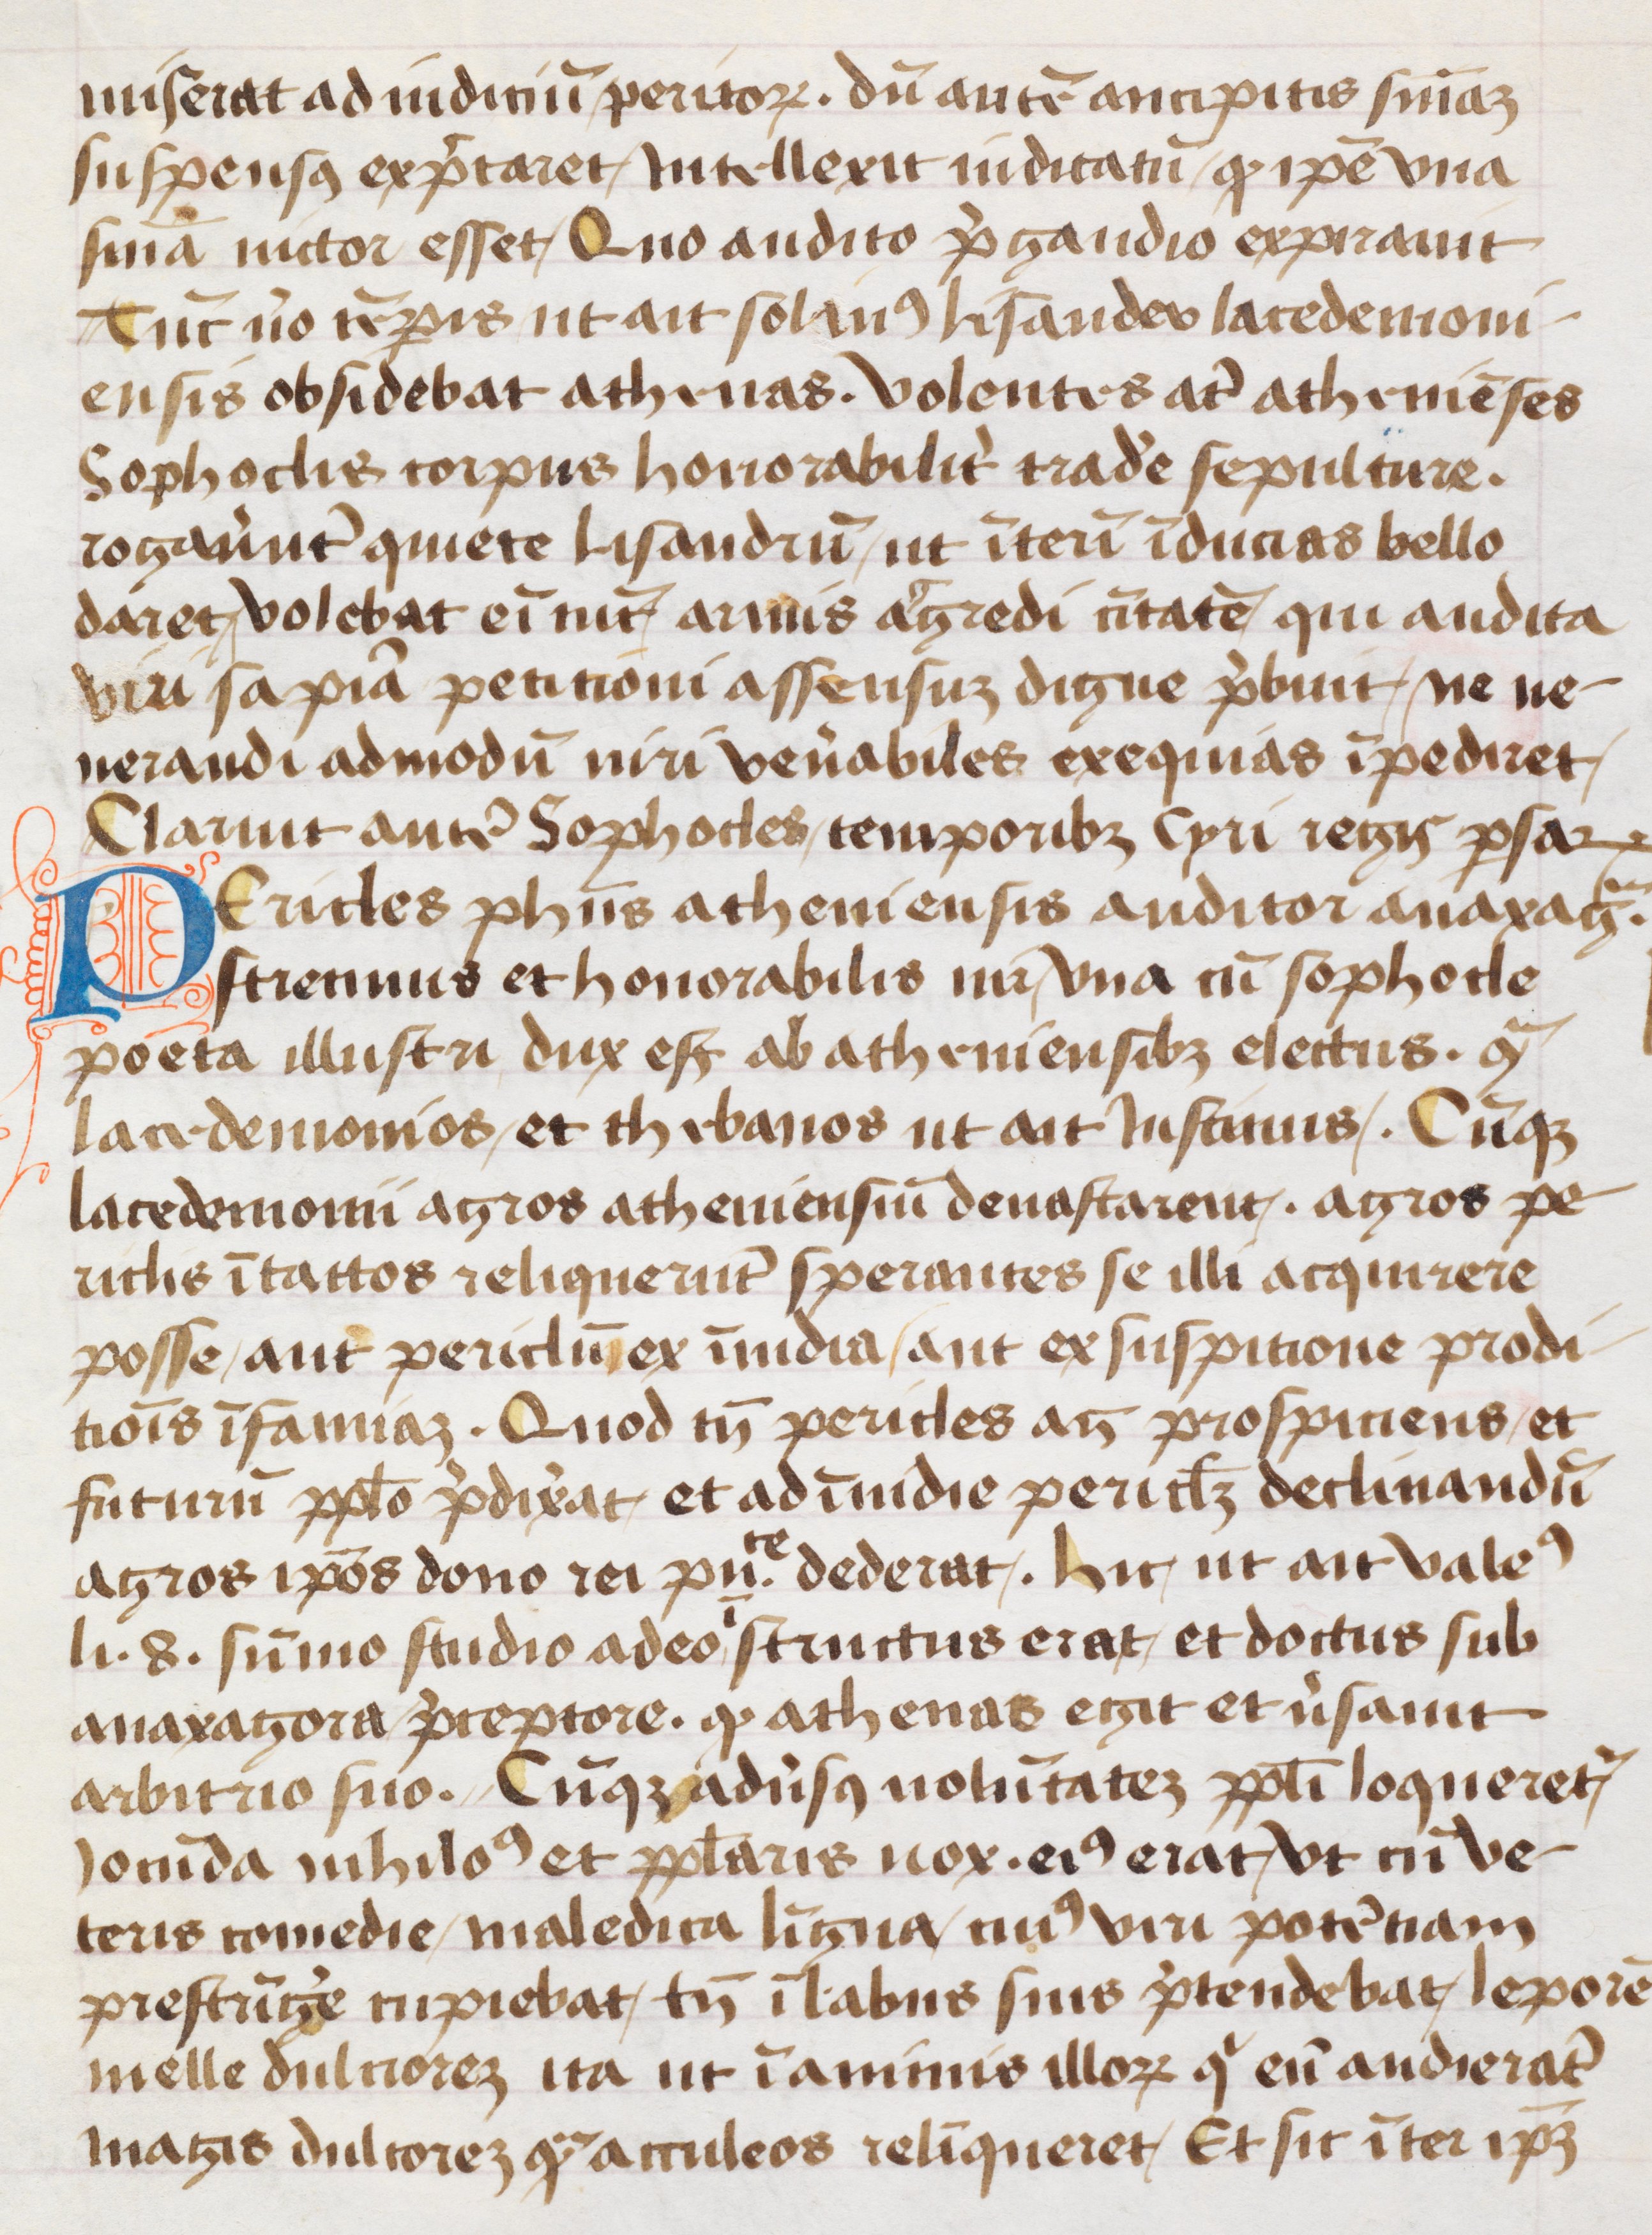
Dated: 1452–1452